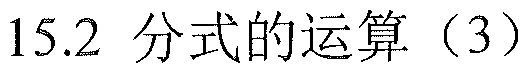
15.2 分式的运算（3）